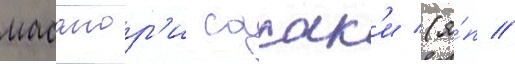
масанор'и сасак'и (я́п //